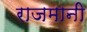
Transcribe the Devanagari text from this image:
राजमानी